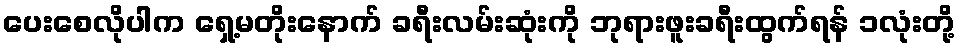
ပေးစေလိုပါက ရှေ့မတိုးနောက် ခရီးလမ်းဆုံးကို ဘုရားဖူးခရီးထွက်ရန် ၁လုံးတို့